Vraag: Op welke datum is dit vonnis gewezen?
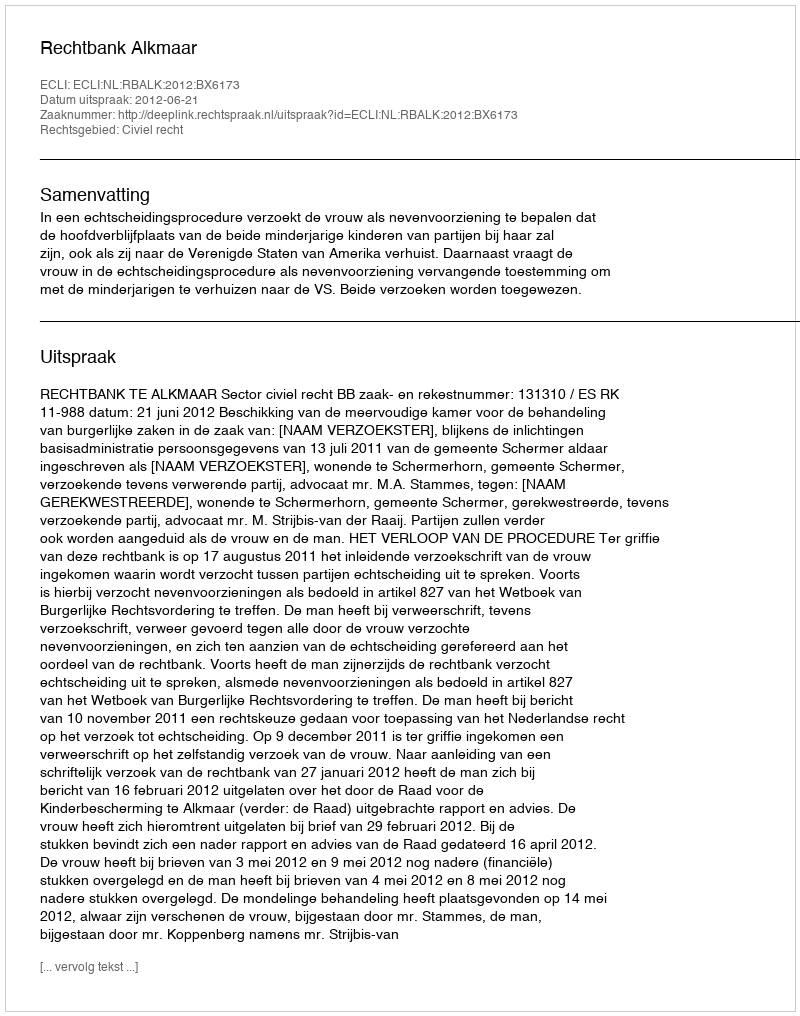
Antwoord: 2012-06-21